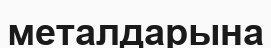
металдарына